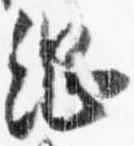
綱